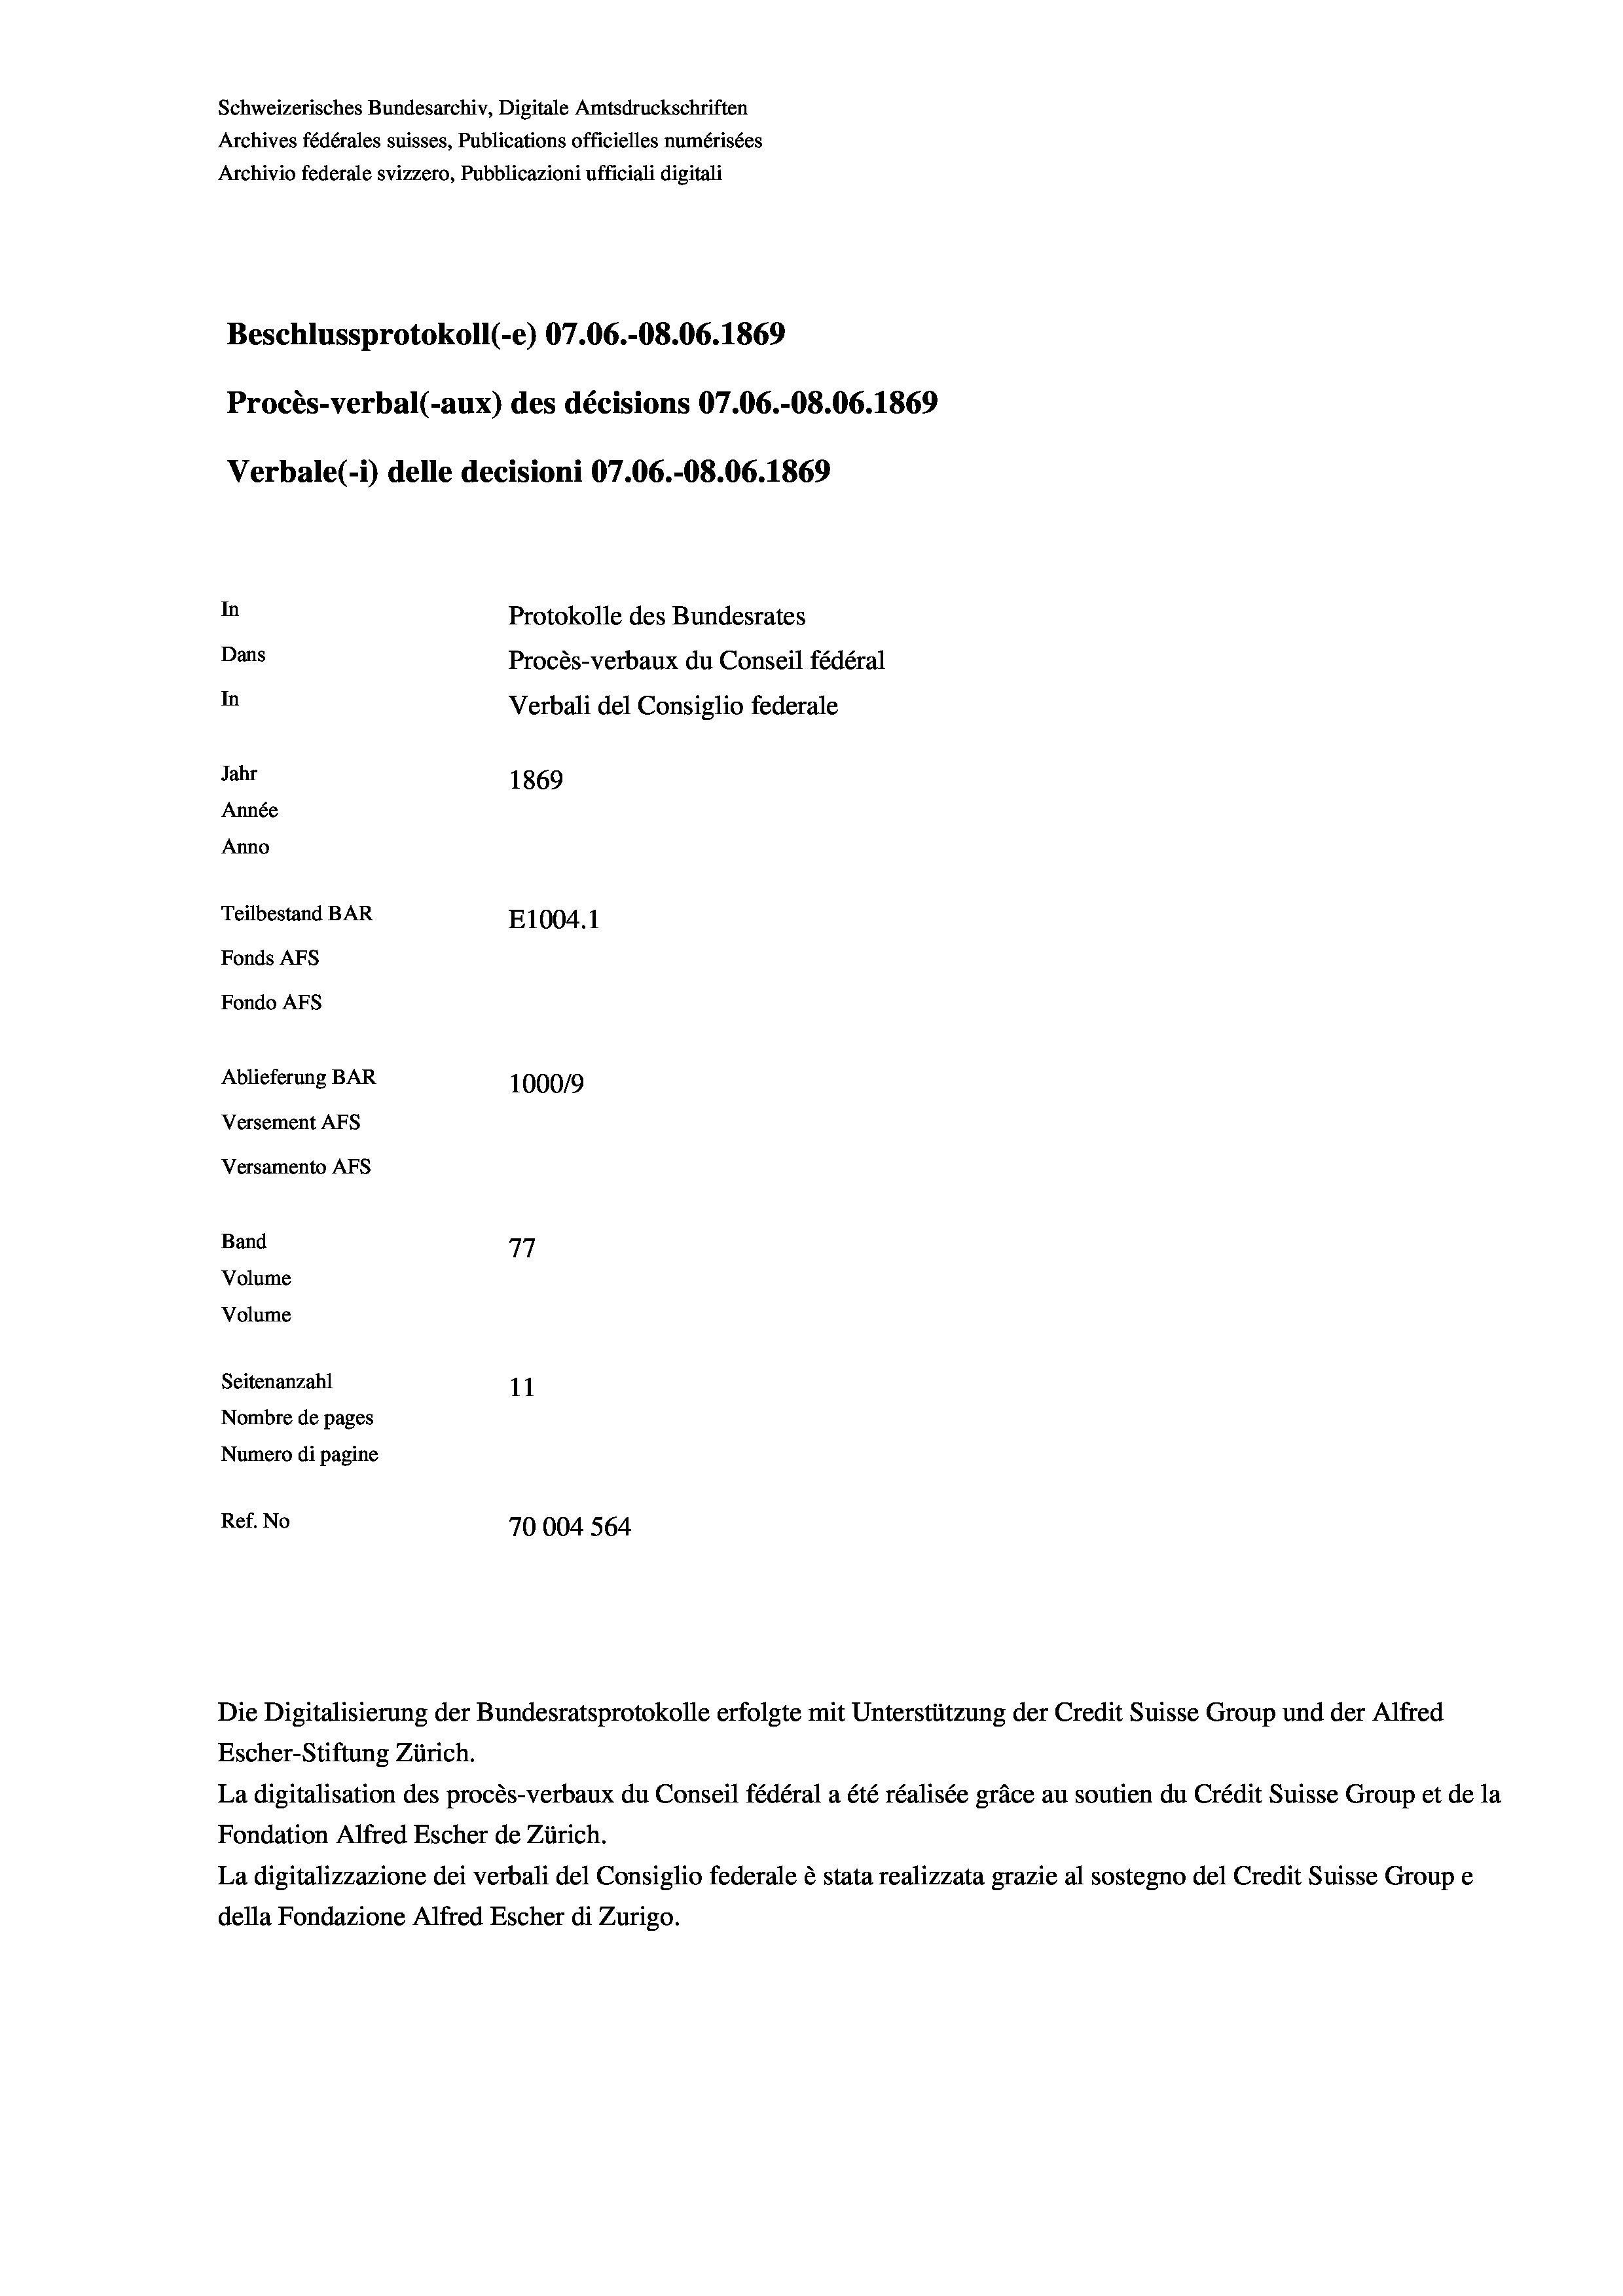
Schweizerisches Bundesarchiv, Digitale Amtsdruckschriften
Archives fédérales suisses, Publications officielles numérisées
Archivio federale svizzero, Pubblicazioni ufficiali digitali
Beschlussprotokoll (-e) 07.06.-O8.06. 1869
Procès-verbal (-aux) des décisions 07.06.-O8.06. 1869
Verbale(-*) delle decisioni 07.06.-O8.06. 1869
In
Protokolle des Bundesrates
Dans
Procès-verbaux du Conseil fédéral
In
Verbali del Consiglio federale
Jahr
1869
Année
Anno
Teilbestand BAR
E1004.1
Fonds AFs
Fondo Afs
Ablieferung BAR
100019
Versement AFs
Versamento Afs
Band
77
Volume
Volume
Seitenanzahl
11

Nombre de pages
Numero di pagine
Ref. No
70004 564

Escher-Stiftung Zürich.
La digitalisation des procès-verbaux du Conseil fédéral a été réalisée gräce au soutien du Crédit Suisse Group et de la
Fondation Alfred Escher de Zürich.
La digitalizzazione dei verbali del Consiglio federale è stata realizzata grazie al sostegno del Credit Suisse Groupe
della Fondazione Alfred Escher di Zurigo.

Die Digitalisierung der Bundesratsprotokolle erfolgte mit Unterstützung der Credit Suisse Group und der Alfred